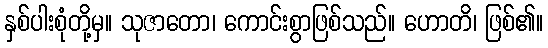
နှစ်ပါးစုံတို့မှ။ သုဇာတော၊ ကောင်းစွာဖြစ်သည်။ ဟောတိ၊ ဖြစ်၏။